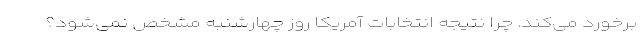
برخورد می‌کند. چرا نتیجه انتخابات آمریکا روز چهارشنبه مشخص نمی‌شود؟